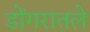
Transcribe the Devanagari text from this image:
डोंगरातले